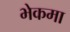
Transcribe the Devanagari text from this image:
भेकमा